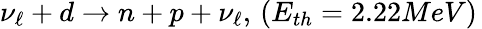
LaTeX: \nu_{\ell}+d\rightarrow n+p+\nu_{\ell},\, (E_{th}=2.22MeV)\,